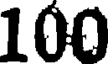
100